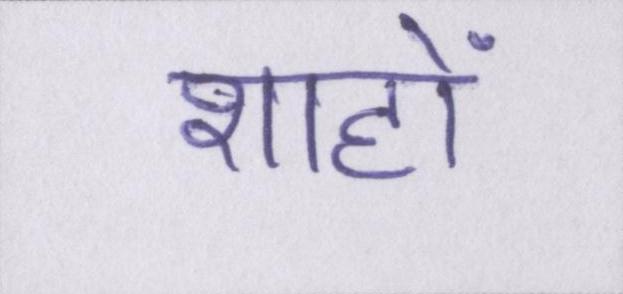
शाहों